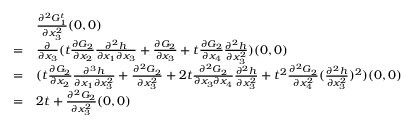
\begin{array} { r l } & { \frac { \partial ^ { 2 } G _ { 1 } ^ { t } } { \partial x _ { 3 } ^ { 2 } } ( 0 , 0 ) } \\ { = } & { \frac { \partial } { \partial x _ { 3 } } ( { t } \frac { \partial G _ { 2 } } { \partial x _ { 2 } } \frac { \partial ^ { 2 } h } { \partial x _ { 1 } \partial x _ { 3 } } + \frac { \partial G _ { 2 } } { \partial x _ { 3 } } + { t } \frac { \partial G _ { 2 } } { \partial x _ { 4 } } \frac { \partial ^ { 2 } h } { \partial x _ { 3 } ^ { 2 } } ) ( 0 , 0 ) } \\ { = } & { ( { t } \frac { \partial G _ { 2 } } { \partial x _ { 2 } } \frac { \partial ^ { 3 } h } { \partial x _ { 1 } \partial x _ { 3 } ^ { 2 } } + \frac { \partial ^ { 2 } G _ { 2 } } { \partial x _ { 3 } ^ { 2 } } + 2 { t } \frac { \partial ^ { 2 } G _ { 2 } } { \partial x _ { 3 } \partial x _ { 4 } } \frac { \partial ^ { 2 } h } { \partial x _ { 3 } ^ { 2 } } + { t } ^ { 2 } \frac { \partial ^ { 2 } G _ { 2 } } { \partial x _ { 4 } ^ { 2 } } ( \frac { \partial ^ { 2 } h } { \partial x _ { 3 } ^ { 2 } } ) ^ { 2 } ) ( 0 , 0 ) } \\ { = } & { 2 t + \frac { \partial ^ { 2 } G _ { 2 } } { \partial x _ { 3 } ^ { 2 } } ( 0 , 0 ) } \end{array}